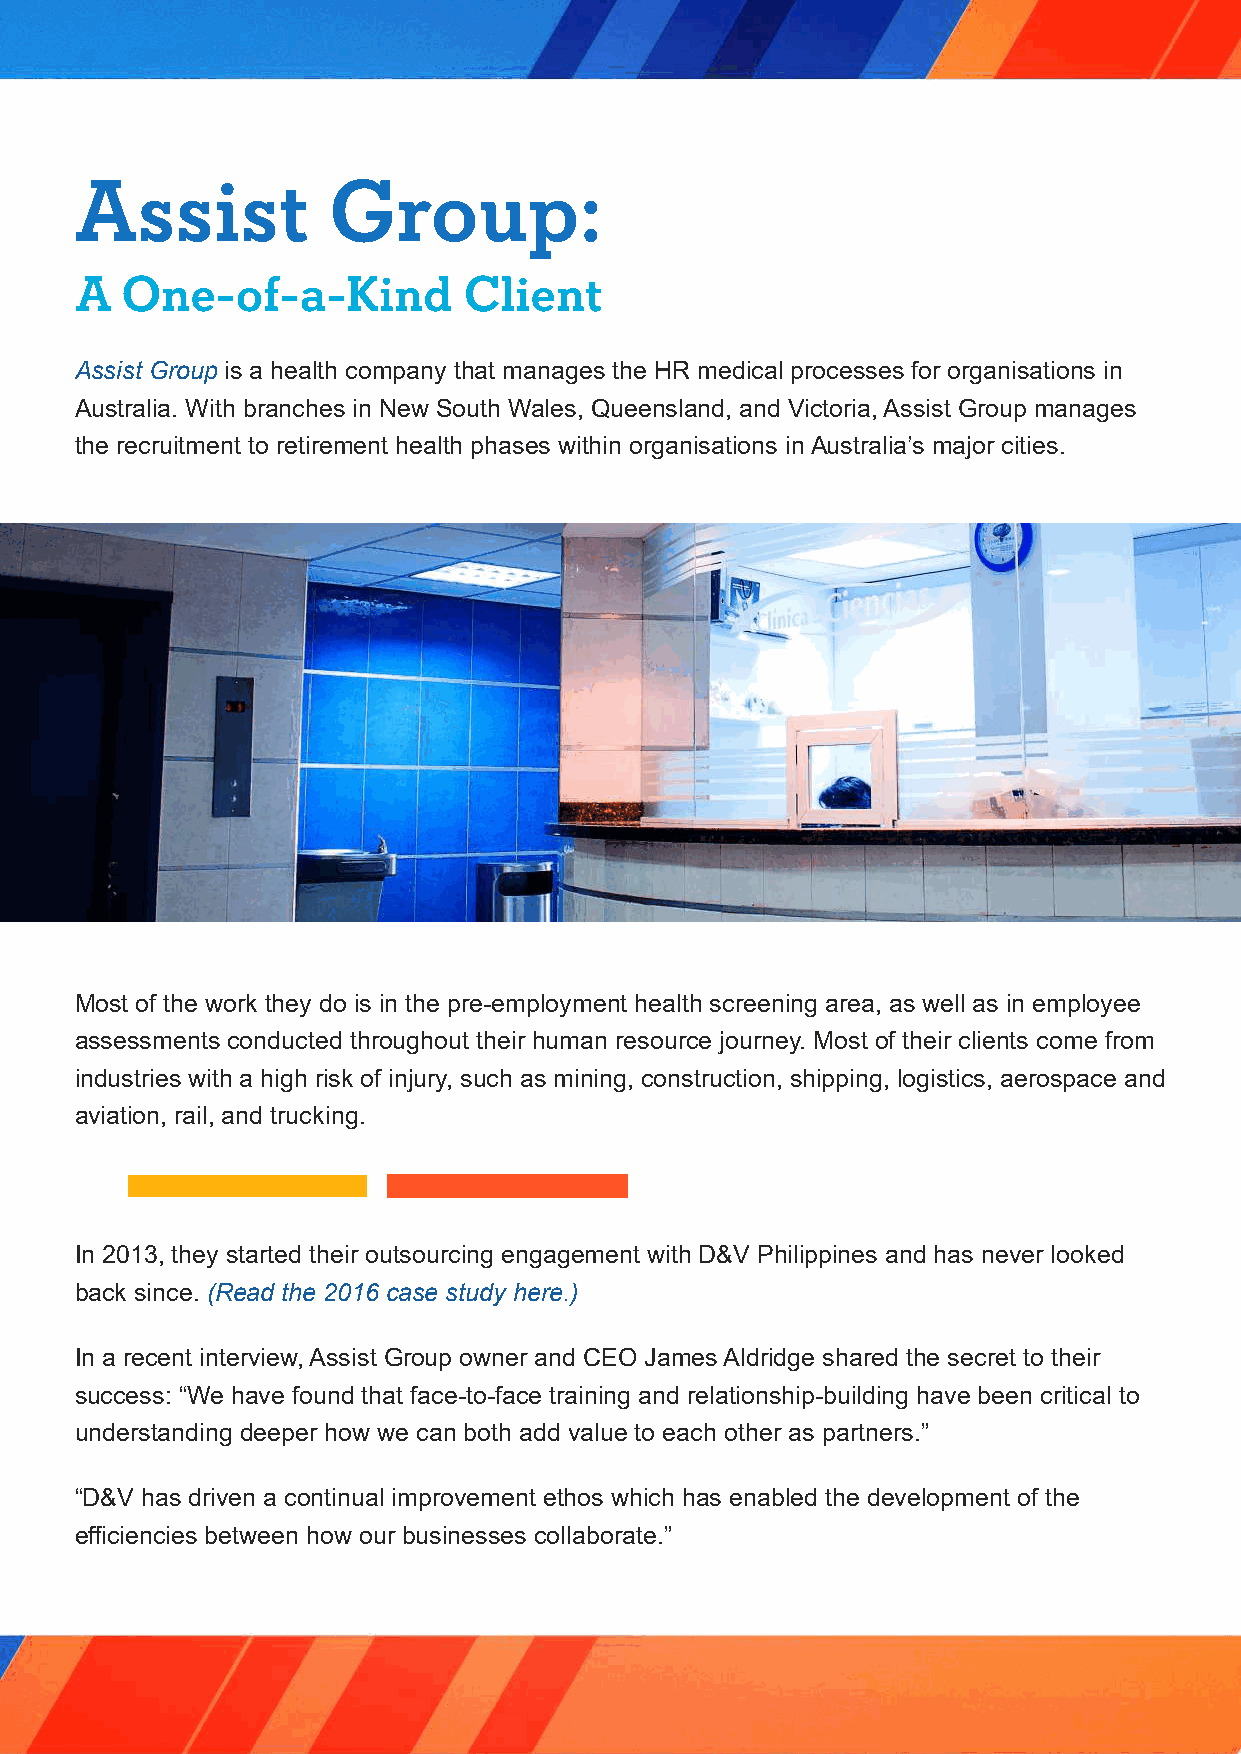
Assist           Group:
 A  One-of-a-Kind          Client
 Assist Group is a health company that manages the HR medical processes for organisations in
 Australia. With branches in New South Wales, Queensland, and Victoria, Assist Group manages
 the recruitment to retirement health phases within organisations in Australia’s major cities.
 Most of the work they do is in the pre-employment health screening area, as well as in employee
 assessments conducted throughout their human resource journey. Most of their clients come from
 industries with a high risk of injury, such as mining, construction, shipping, logistics, aerospace and
 aviation, rail, and trucking.
 In 2013, they started their outsourcing engagement with D&V Philippines and has never looked
 back since. (Read the 2016 case study here.)
 In a recent interview, Assist Group owner and CEO James Aldridge shared the secret to their
 success: “We have found that face-to-face training and relationship-building have been critical to
 understanding deeper how we can both add value to each other as partners.”
 “D&V has driven a continual improvement ethos which has enabled the development of the
 efficiencies between how our businesses collaborate.”